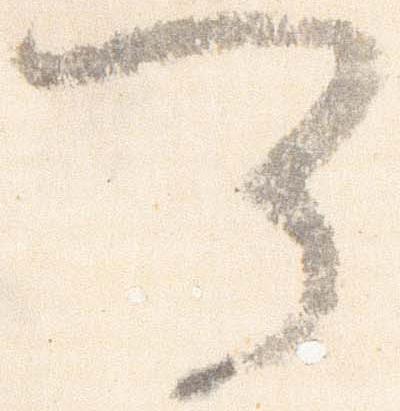
可